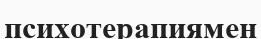
психотерапиямен